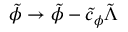
\tilde { \phi } \to \tilde { \phi } - \tilde { c } _ { \phi } \tilde { \Lambda }